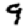
Digit: 9